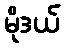
မိုဒယ်